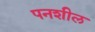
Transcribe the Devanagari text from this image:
पनशील